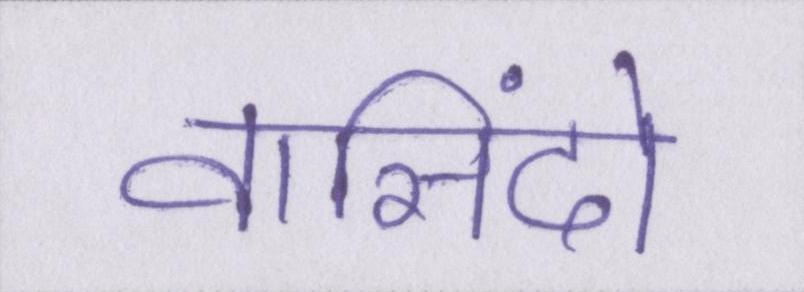
वासिंदो